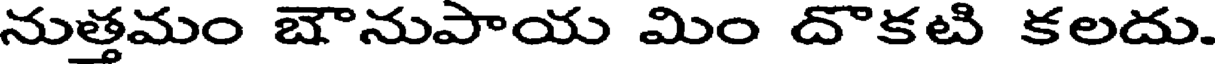
నుత్తమం బౌనుపాయ మిం దొకటి కలదు.